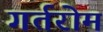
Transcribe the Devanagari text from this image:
गर्तरोम